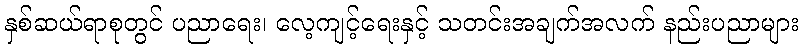
နှစ်ဆယ်ရာစုတွင် ပညာရေး၊ လေ့ကျင့်ရေးနှင့် သတင်းအချက်အလက် နည်းပညာများ